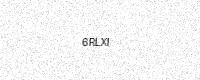
Text: 6RLXI